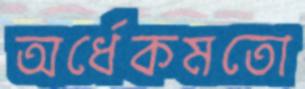
অর্ধেকমতো